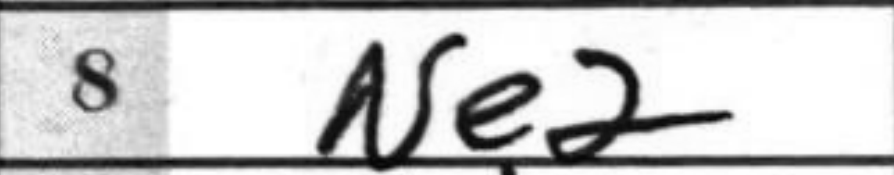
Transcription: Ne2